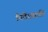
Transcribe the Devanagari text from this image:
निर्देशप्राप्ति